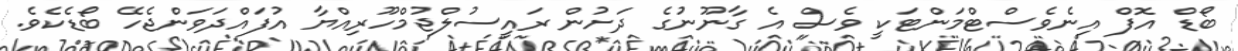
ބޯޑް އޮފް އިނެވެސްޓްމަންޓަކީ ވެސް އެ ގާނޫނުގެ ދަށުން ރައީސުލްޖުމްހޫރިއްޔާ އުފައްދަވަންޖެހޭ ބޯޑެކެވެ.